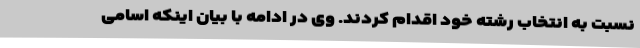
نسبت به انتخاب رشته خود اقدام کردند. وی در ادامه با بیان اینکه اسامی